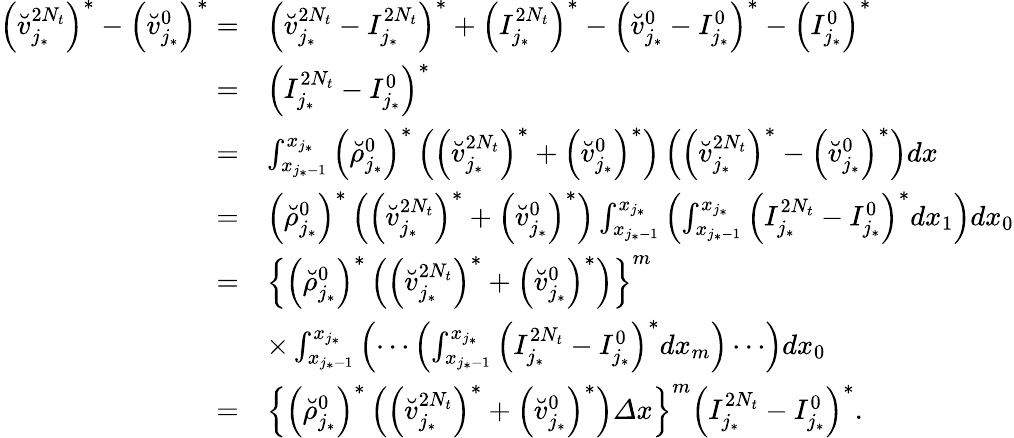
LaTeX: \begin{array}{rl}{\left(\breve{v}_{j_{*}}^{2N_{t}}\right)^{*}-\left(\breve{v}_{j_{*}}^{0}\right)^{*}=}&{{\left(\breve{v}_{j_{*}}^{2N_{t}}-I_{j_{*}}^{2N_{t}}\right)^{*}}+\left(I_{j_{*}}^{2N_{t}}\right)^{*}-{\left(\breve{v}_{j_{*}}^{0}-I_{j_{*}}^{0}\right)^{*}}-\left(I_{j_{*}}^{0}\right)^{*}}\\ {=}&{\left(I_{j_{*}}^{2N_{t}}-I_{j_{*}}^{0}\right)^{*}}\\ {=}&{\int_{x_{j_{*}-1}}^{x_{j_{*}}}\left(\breve{\rho}_{j_{*}}^{0}\right)^{*}\left(\left(\breve{v}_{j_{*}}^{2N_{t}}\right)^{*}+\left(\breve{v}_{j_{*}}^{0}\right)^{*}\right)\left(\left(\breve{v}_{j_{*}}^{2N_{t}}\right)^{*}-\left(\breve{v}_{j_{*}}^{0}\right)^{*}\right)dx}\\ {=}&{\left(\breve{\rho}_{j_{*}}^{0}\right)^{*}\left(\left(\breve{v}_{j_{*}}^{2N_{t}}\right)^{*}+\left(\breve{v}_{j_{*}}^{0}\right)^{*}\right)\int_{x_{j_{*}-1}}^{x_{j_{*}}}\left(\int_{x_{j_{*}-1}}^{x_{j_{*}}}\left(I_{j_{*}}^{2N_{t}}-I_{j_{*}}^{0}\right)^{*}dx_{1}\right)dx_{0}}\\ {=}&{\left\{ \left(\breve{\rho}_{j_{*}}^{0}\right)^{*}\left(\left(\breve{v}_{j_{*}}^{2N_{t}}\right)^{*}+\left(\breve{v}_{j_{*}}^{0}\right)^{*}\right)\right\} ^{m}}\\ &{\times\int_{x_{j_{*}-1}}^{x_{j_{*}}}\left(\cdots\left(\int_{x_{j_{*}-1}}^{x_{j_{*}}}\left(I_{j_{*}}^{2N_{t}}-I_{j_{*}}^{0}\right)^{*}dx_{m}\right)\cdots\right)dx_{0}}\\ {=}&{\left\{ \left(\breve{\rho}_{j_{*}}^{0}\right)^{*}\left(\left(\breve{v}_{j_{*}}^{2N_{t}}\right)^{*}+\left(\breve{v}_{j_{*}}^{0}\right)^{*}\right){\varDelta}x\right\} ^{m}\left(I_{j_{*}}^{2N_{t}}-I_{j_{*}}^{0}\right)^{*}.}\end{array}